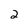
Character: 2